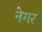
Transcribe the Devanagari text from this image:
नेगर